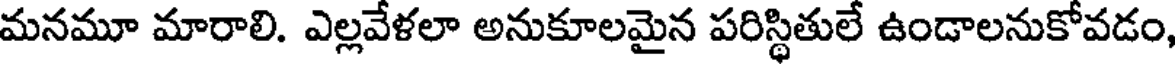
మనమూ మారాలి. ఎల్లవేళలా అనుకూలమైన పరిస్థితులే ఉండాలనుకోవడం,